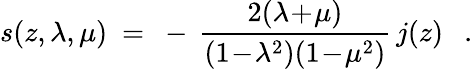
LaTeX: s(z,\lambda,\mu)~=~-\, {\frac{2(\lambda\! +\! \mu)}{(1\! -\! \lambda^{2})(1\! -\! \mu^{2})}}\, j(z)~~~.